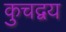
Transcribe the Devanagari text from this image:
कुचद्वय